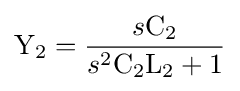
{\mathrm {Y_{2}} }={\frac {s\mathrm {C_{2}} }{s^{2}\mathrm {C_{2}} \mathrm {L_{2}} +\mathrm {1} }}